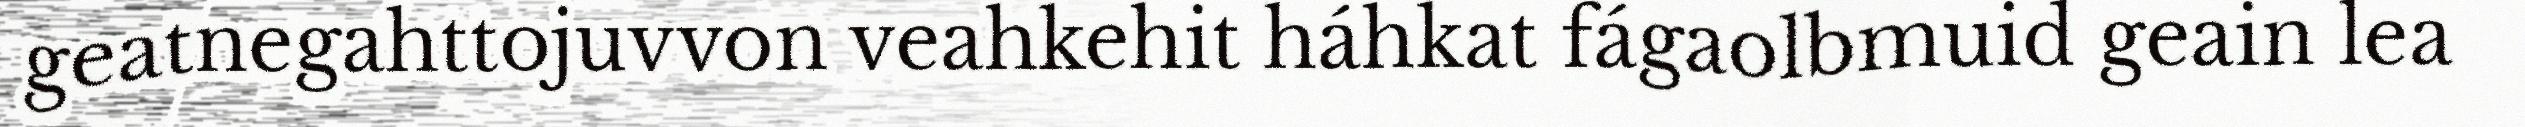
geatnegahttojuvvon veahkehit háhkat fágaolbmuid geain lea